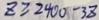
Z \geq 2 4 0 0 - 3 Z